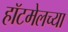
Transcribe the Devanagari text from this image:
हॉटमेलच्या